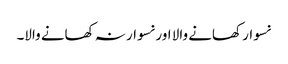
نسوار کھانے والا اور نسوار نہ کھانے والا۔